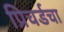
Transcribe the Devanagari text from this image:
प्रिचर्डचा